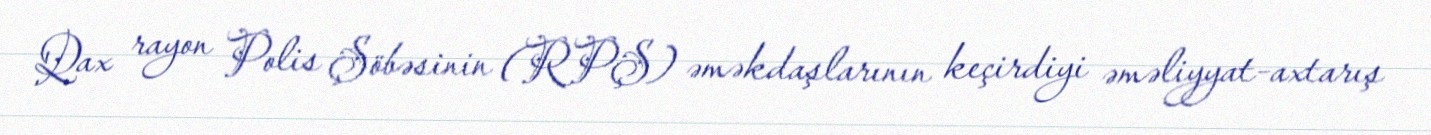
Qax rayon Polis Şöbəsinin (RPŞ) əməkdaşlarının keçirdiyi əməliyyat-axtarış